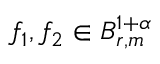
f _ { 1 } , f _ { 2 } \in B _ { r , m } ^ { 1 + \alpha }